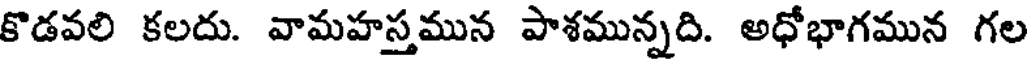
కొడవలి కలదు. వామహస్తమున పాశమున్నది. అధోభాగమున గల